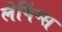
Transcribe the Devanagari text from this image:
लेगिंग्स